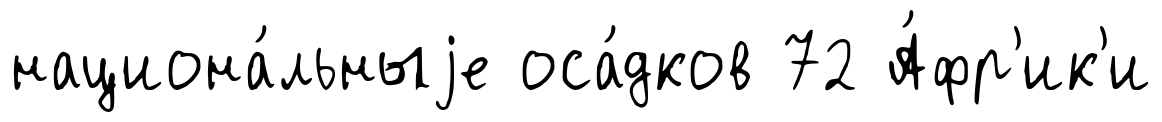
национа́льныjе оса́дков 72 А́фр'ик'и